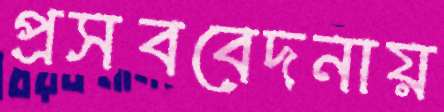
প্রসববেদনায়